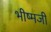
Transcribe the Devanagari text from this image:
भीष्मजी